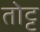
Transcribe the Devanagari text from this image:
तोट्ट